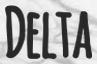
DELTA